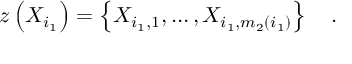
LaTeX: z \left( X _ { i _ { 1 } } \right) = \left\{ X _ { i _ { 1 } , 1 } , \ldots , X _ { i _ { 1 } , m _ { 2 } \left( i _ { 1 } \right) } \right\} \quad .